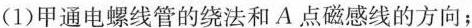
(1)甲通电螺线管的绕法和A点磁感线的方向；